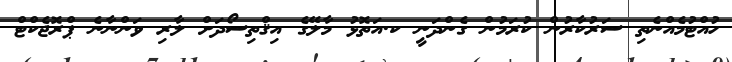
ހުއްޓުމެއްނެތި ސަރުކާރުން ކުރަމުން ގެންދަނީ ކ.އަތޮޅު މާލޭގެ އިޤްތިސޯދަށް ލާރި ވަންނާނެ ޕްރޮޖެކްޓް